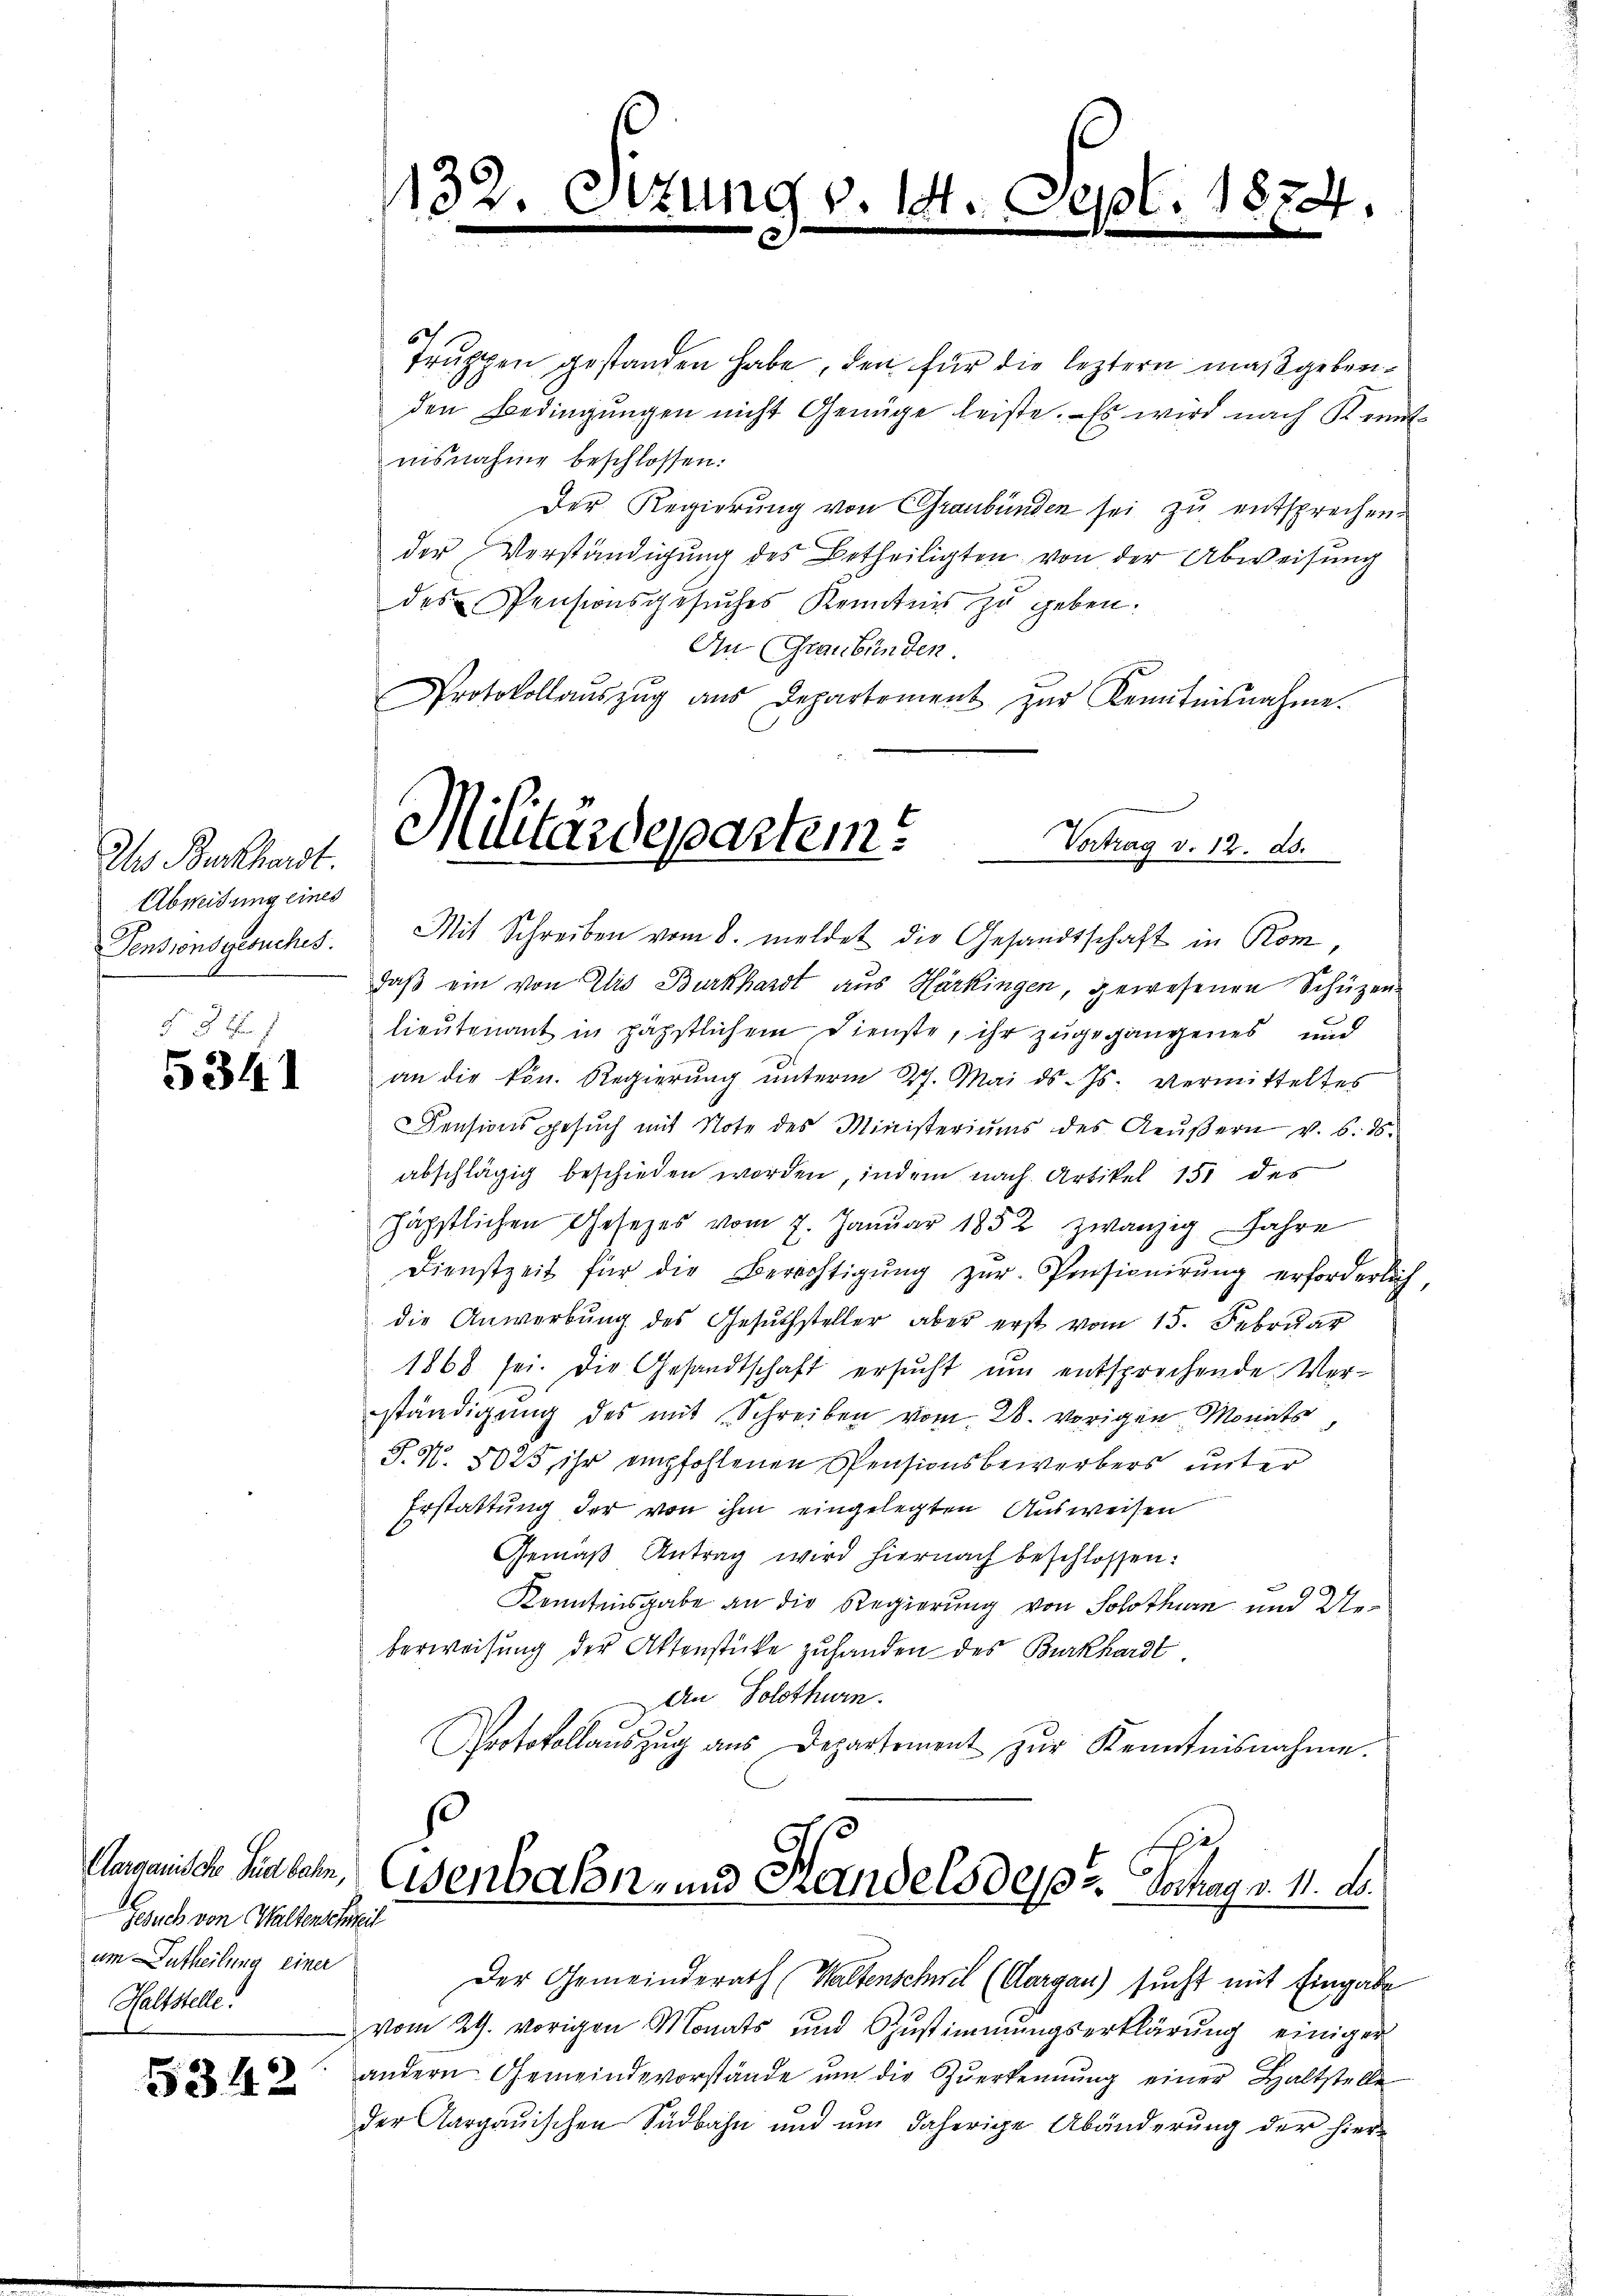
Backhardt.
Abweisung eines
Pensionsgesuches.

5341

Aarganische Südbahn,
Gesuch von Waltenschweil
um utheilung einer
Haltstelle.

5342

1132. Stzung v. 14.
.

N. 1874.

Truppen gestanden habe, den für die leztern maßgebenden Bedingungen nicht Genüge leiste. Es wird nach Kennt
nisnahme beschlossen:
Der Regierung von Graubünden sei zu entsprechen.
der Verständigung des Betheiligten von der Abweisung
des Pensionsgesuches Kenntnis zu geben.
An Graubünden
Protokollaŭszŭg ans Departement zŭr Kenntnisnahme.

Militärdepartem Antrag v. 12. A.
Mit Schreiben vom 8. meldet die Gesandtschaft in Rom,

daß ein von Elis Burkhardt aus Harkingen, gewesenen Schüzen-
lieutenant in päpstlichem Dienste, ihr zugegangenes und
an die kön. Regierŭng ŭnterm 27. Mai d. Js. vermitteltes
Densionsgesŭch mit Note des Ministeriums des Aeŭβern v. 6. ds.
abschlägig beschieden worden, indem nach Artikel 151 des
häpstlichen Gesetzes vom 7. Janŭar 1852 zwanzig Jahre
Dienstzeit für die Berechtigŭng zŭr Pensionirŭng erforderlich,
die Anwerbung des Gesuchsteller aber erst vom 15. Februar
1868 sei. Die Gesandtschaft ersucht um entsprechende Verständigung des mit Schreiben vom 28. vorigen Monats
S. N. 5025 ihr empfohlenen Pensionsbewerbers unter
Erstattung der von ihm eingelegten Ausweisen
Gemäß Antrag wird hiernach beschlossen:
Kenntnisgabe an die Regierung von Solothurn und Ueberweisung der Aktenstücke zuhanden des Burkhardt.
An Solothurn.
Protokollauszug aus Departement zur Kenntnisnahme.

.
Eisenbahn- und Handels des Hochag v. 11. d.

Der Gemeinderath (Waltenschwel (Aargau) sucht mit Eingabe
vom 29. vorigen Monats und Zustimmungserklärung einiger
andern Gemeindevorstände ŭm die Zuerkennung einer Haltstelle
der Aargauischen Südbahn und um daherige Abänderung der hier-